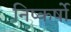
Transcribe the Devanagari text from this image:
निष्कर्षो